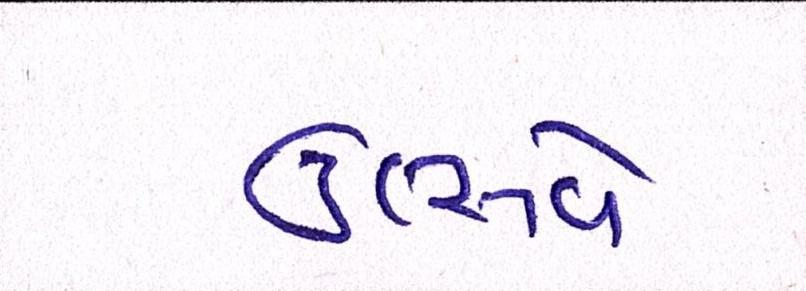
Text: ઉત્સવે